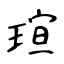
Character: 瑄